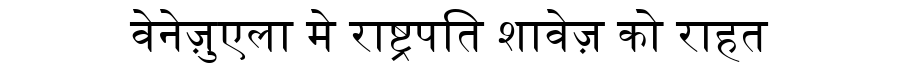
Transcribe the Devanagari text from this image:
वेनेज़ुएला मे राष्ट्रपति शावेज़ को राहत